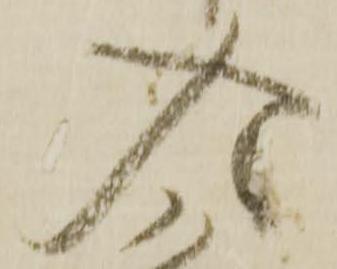
入